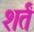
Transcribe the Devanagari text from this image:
शर्तं